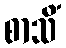
စာသိံ